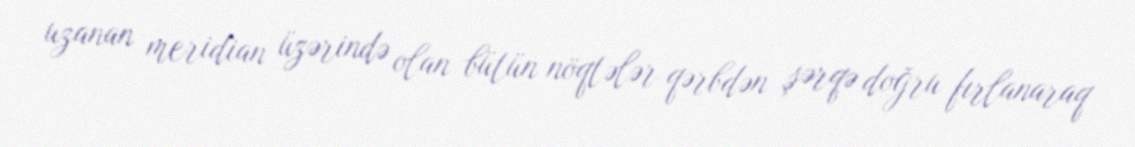
uzanan meridian üzərində olan bütün nöqtələr qərbdən şərqə doğru fırlanaraq